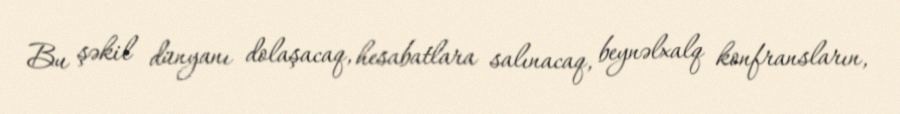
Bu şəkil dünyanı dolaşacaq, hesabatlara salınacaq, beynəlxalq konfransların,